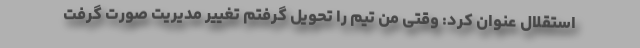
استقلال عنوان کرد:‌ وقتی من تیم را تحویل گرفتم تغییر مدیریت صورت گرفت